Scottish Certificate of Education, 1963
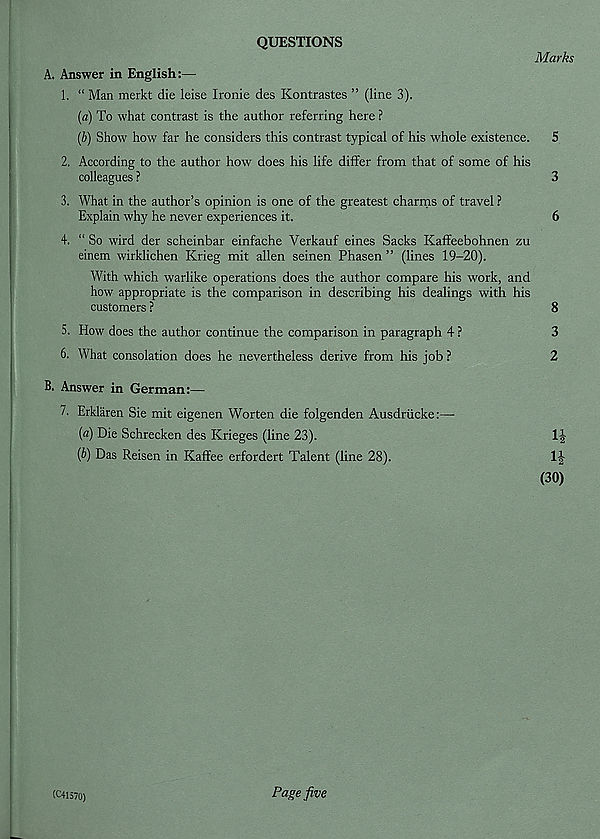
QUESTIONS
Marks
A. Answer in English:—
1. “ Man merkt die leise Ironic des Kontrastes ” (line 3).
(a) To what contrast is the author referring here ?
(b) Show how far he considers this contrast typical of his whole existence. 5
2. According to the author how does his life differ from that of some of his
colleagues ?
3
3. What in the author’s opinion is one of the greatest charms of travel ?
Explain why he never experiences it.
6
4. “ So wird der scheinbar einfache Verkauf eines Sacks Kaffeebohnen zu
einem wirklichen Krieg mit alien seinen Phasen ” (lines 19-20).
With which warlike operations does the author compare his work, and
how appropriate is the comparison in describing his dealings with his
customers ?
8
5. How does the author continue the comparison in paragraph 4 ?
3
6. What consolation does he nevertheless derive from his job ?
2
B. Answer in German:—
7. Erklaren Sie mit eigenen Worten die folgenden Ausdriicke:—
(«) Die Schrecken des Krieges (line 23).
1|
{b) Das Reisen in Kaffee erfordert Talent (line 28).
1J
(30)
(C41570)
Page five